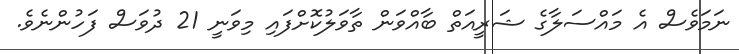
ނަމަވެސް އެ މައްސަލާގެ ޝަރީއަތް ބާއްވަން ތާވަލުކޮށްފައި މިވަނީ 21 ދުވަސް ފަހުންނެވެ.